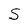
Character: S